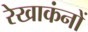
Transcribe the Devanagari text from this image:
रेखाकंनों